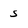
Character: s